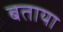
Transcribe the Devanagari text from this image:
बताया